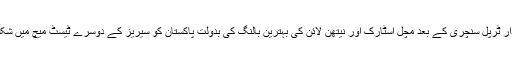
واضح رہے کہ آسٹریلیا نے ڈیوڈ وارنر کی شاندار ٹرپل سنچری کے بعد مچل اسٹارک اور نیتھن لائن کی بہترین بالنگ کی بدولت پاکستان کو سیریز کے دوسرے ٹیسٹ میچ میں شکست دے کر 0-2 سے کلین سویپ مکمل کر لیا۔